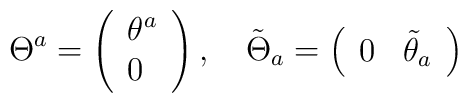
\Theta ^{a}=\left( \begin{array}{l}\theta ^{a} \\ 0\end{array}\right) ,\quad \tilde{\Theta}_{a}=\left( \begin{array}{ll}0 & \tilde{\theta}_{a}\end{array}\right)